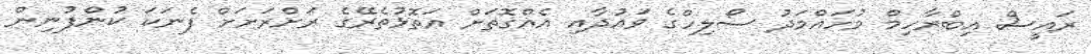
ރައީސް އިބްރާހިމް މުހައްމަދު ސޯލިހްގެ ވައުދާއި އެއްގޮތަށް އަތޮޅުތެރޭގެ ރަށްރަށަށް ފެނަކަ ކުންފުނިން